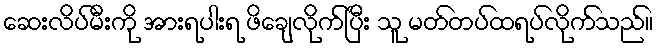
ဆေးလိပ်မီးကို အားရပါးရ ဖိချေလိုက်ပြီး သူ မတ်တပ်ထရပ်လိုက်သည်။